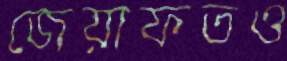
জেয়াফতও